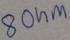
Text: 8Ohm